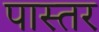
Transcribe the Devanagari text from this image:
पास्तर